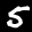
Label: 5